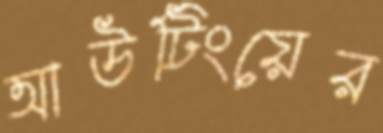
আউটিংয়ের